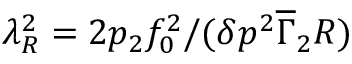
\lambda _ { R } ^ { 2 } = 2 p _ { 2 } f _ { 0 } ^ { 2 } / ( \delta p ^ { 2 } \overline { { \Gamma } } _ { 2 } R )